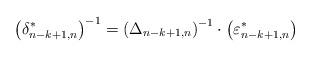
LaTeX: \begin{align*}\left({\delta^*_{n-k+1,n}}\right)^{-1} = \left( \Delta_{n-k+1,n} \right)^{-1}\cdot \left({\varepsilon^*_{n-k+1,n}}\right)\end{align*}